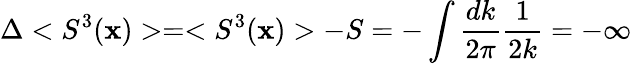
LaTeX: \Delta<S^{3}(\mathbf{x})>=<S^{3}(\mathbf{x})>-S=-\int\frac{{dk}}{{2\pi}}\frac{{1}}{{2k}}=-\infty